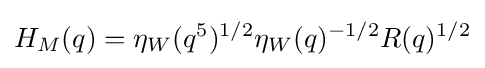
H_{M}(q)=\eta _{W}(q^{5})^{1/2}\eta _{W}(q)^{-1/2}R(q)^{1/2}